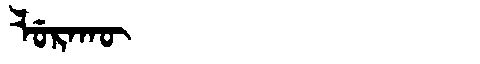
Manchu: ᠯᡠᡵᠠᡴᡡ
Romanization: LURAKŪ